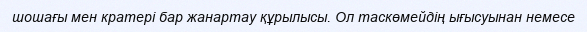
шошағы мен кратері бар жанартау құрылысы. Ол таскөмейдің ығысуынан немесе